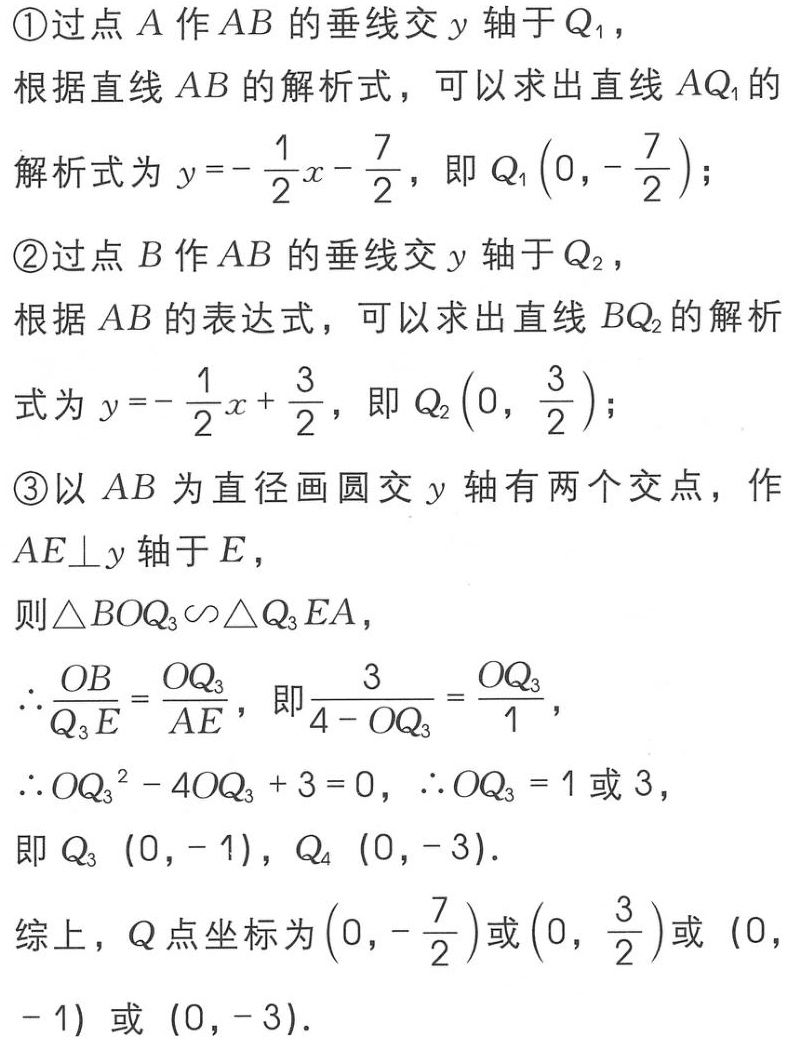
\textcircled{1}过点\(A\)作\(AB\)的垂线交\(y\)轴于\(Q_1\)，

根据直线\(AB\)的解析式，可以求出直线\(AQ_1\)的

解析式为\(y =-\frac{1}{2}x - \frac{7}{2}\)，即\(Q_1\left(0,-\frac{7}{2}\right)\)；

\textcircled{2}过点\(B\)作\(AB\)的垂线交\(y\)轴于\(Q_2\)，

根据\(AB\)的表达式，可以求出直线\(BQ_2\)的解析

式为\(y =-\frac{1}{2}x + \frac{3}{2}\)，即\(Q_2\left(0,\frac{3}{2}\right)\)；

\textcircled{3}以\(AB\)为直径画圆交\(y\)轴有两个交点，作

\(AE\perp y\)轴于\(E\)，

则\(\triangle BOQ_3\sim\triangle Q_3EA\)，

\(\therefore\frac{OB}{Q_3E}=\frac{OQ_3}{AE}\)，即\(\frac{3}{4 - OQ_3}=\frac{OQ_3}{1}\)，

\(\therefore OQ_3^2 - 4OQ_3 + 3 = 0\)，\(\therefore OQ_3 = 1\)或\(3\)，

即\(Q_3(0,-1)\)，\(Q_4(0,-3)\)．

综上，\(Q\)点坐标为\(\left(0,-\frac{7}{2}\right)\)或\(\left(0,\frac{3}{2}\right)\)或\((0,-1)\)或\((0,-3)\)．